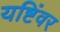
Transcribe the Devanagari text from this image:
यष्टिंवर